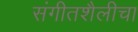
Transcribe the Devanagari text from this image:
संगीतशैलीचा